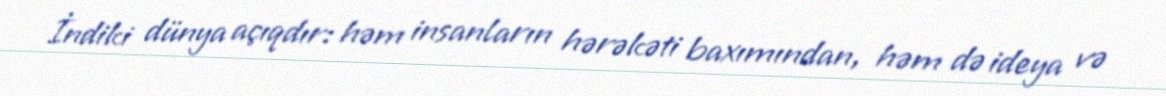
İndiki dünya açıqdır: həm insanların hərəkəti baxımından, həm də ideya və